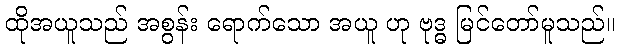
ထိုအယူသည် အစွန်း ရောက်သော အယူ ဟု ဗုဒ္ဓ မြင်တော်မူသည်။